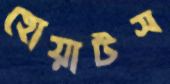
হোয়াটস